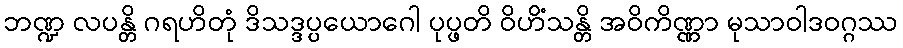
ဘဏ္ဍ လပန္တိ ဂရဟိတုံ ဒိသဒ္ဒပ္ပယောဂေါ ပုပ္ဖတိ ဝိဟိံသန္တိ အဝိကိဏ္ဏာ မုသာဝါဒဝဂ္ဂဿ